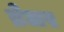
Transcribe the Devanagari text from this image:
ब्रेलर